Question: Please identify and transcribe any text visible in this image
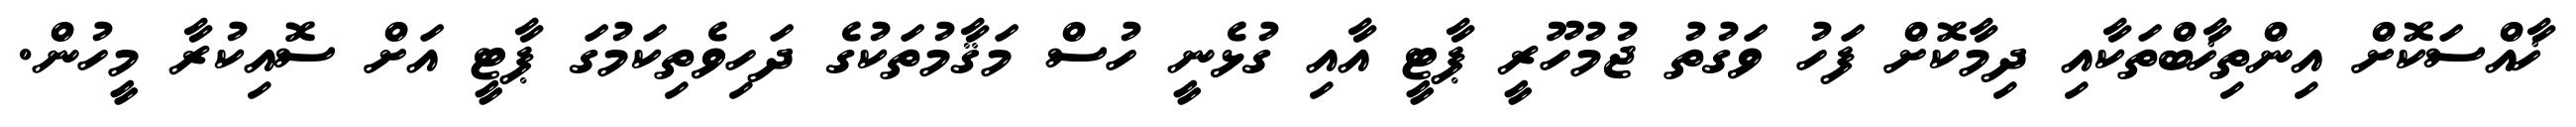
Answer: ޚާއްސަކޮށް އިންތިޚާބްތަކާއި ދިމާކޮށް ފަހު ވަގުތު ޖުމުހޫރީ ޕާޓީ އާއި ގުޅެނީ ހުސް މަޤާމުތަކުގެ ދަހިވެތިކަމުގަ ޕާޓީ އަށް ސޮއިކުރާ މީހުން.